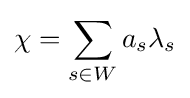
\chi =\sum _{s\in W}a_{s}\lambda _{s}